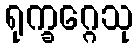
ရုက္ခဂ္ဂေသု